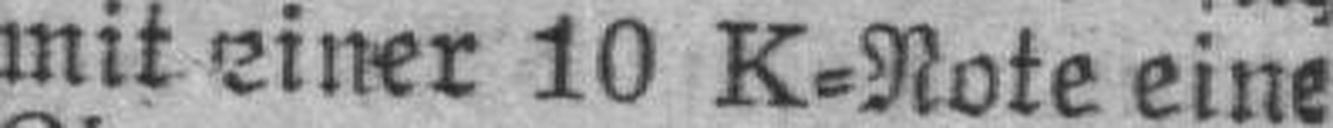
mit einer 10 K=Note eine